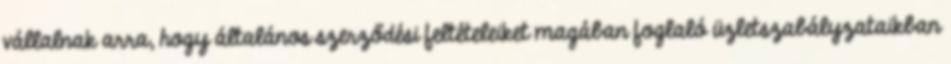
vállalnak arra, hogy általános szerződési feltételeiket magában foglaló üzletszabályzataikban